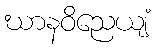
ဃာနဝိညေယျံ